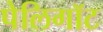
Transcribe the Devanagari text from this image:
पेलिगॉट